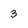
Character: 3